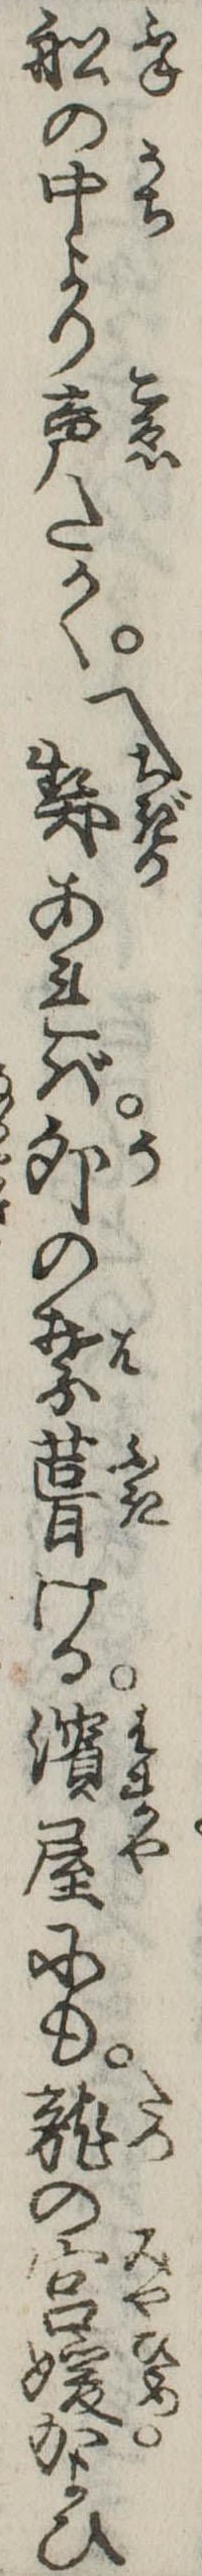
船の中より声たかく「契あれば卯の葉葺ける浜屋にも竜の宮媛かよひ